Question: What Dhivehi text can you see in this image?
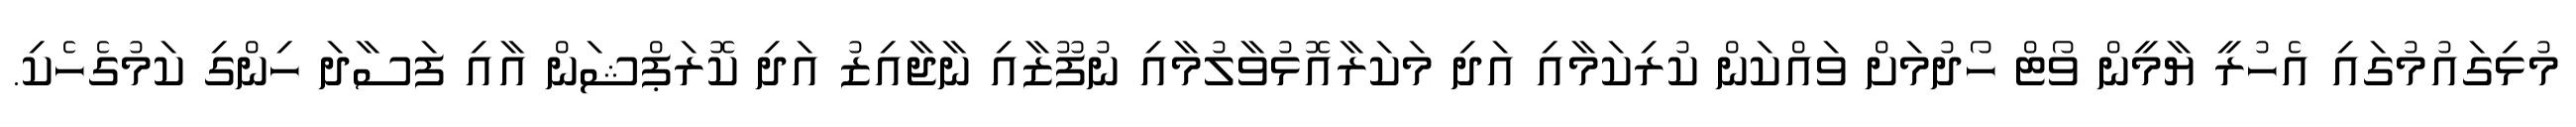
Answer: މުޅިގައުމުގައި އެހުރީ ޔާމީން ވޯޓް ހޯދުމަށް ވައްކަން ކުރިކަމާއި އަދި މަކަރާއޮޅުވާލުމާއި ނުފޫޒާއި ނާޖާއިޒު އަދި ކޮރަޕްޝަން އާއި ފަސާދަ ހިންގި ކަމުގެހެކި.